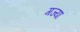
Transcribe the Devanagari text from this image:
गज्या